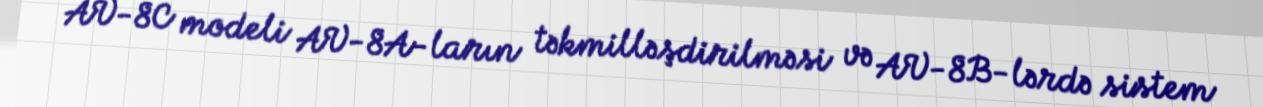
AV-8C modeli AV-8A-ların təkmilləşdirilməsi və AV-8B-lərdə sistem